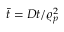
\bar { t } = D t / \varrho _ { p } ^ { 2 }